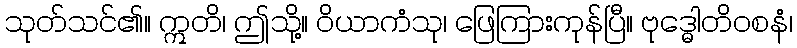
သုတ်သင်၏။ ဣတိ၊ ဤသို့။ ဝိယာကံသု၊ ဖြေကြားကုန်ပြီ။ ဗုဒ္ဓေါတိဝစနံ၊